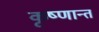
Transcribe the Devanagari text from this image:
कृष्णान्त